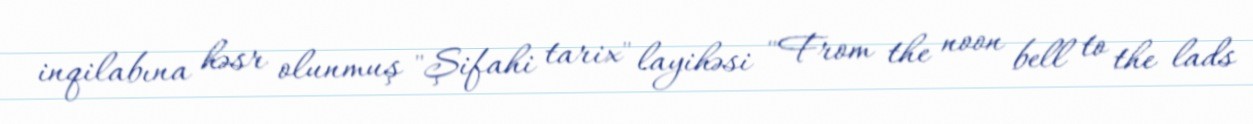
inqilabına həsr olunmuş "Şifahi tarix" layihəsi "From the noon bell to the lads